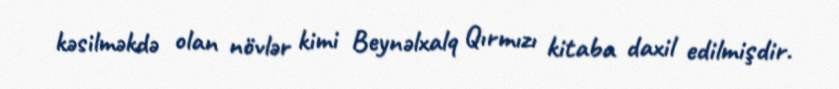
kəsilməkdə olan növlər kimi Beynəlxalq Qırmızı kitaba daxil edilmişdir.